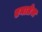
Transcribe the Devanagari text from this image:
एनातेज